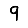
Digit: 9